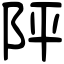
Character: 𨸶